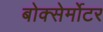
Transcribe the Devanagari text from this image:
बोक्सेर्मोटर